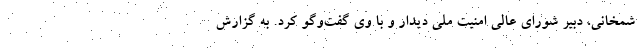
شمخانی، دبیر شورای عالی امنیت ملی دیدار و با وی گفت‌وگو کرد. به گزارش